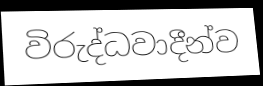
විරුද්ධවාදීන්ව